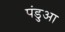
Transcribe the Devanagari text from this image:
पंडुआ